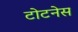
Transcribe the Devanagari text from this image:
टोटनेस